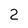
Character: 2